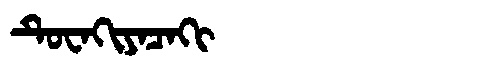
Manchu: ᡨᡠᠸᠠᡴᡳᠶᠠᠴᠠᡴᡳ
Romanization: TUWAKIYACAKI